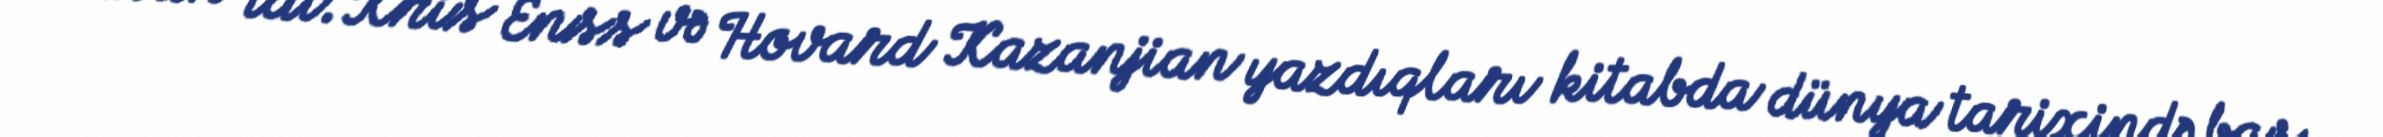
asan idi. Kris Enss və Hovard Kazanjian yazdıqları kitabda dünya tarixində baş